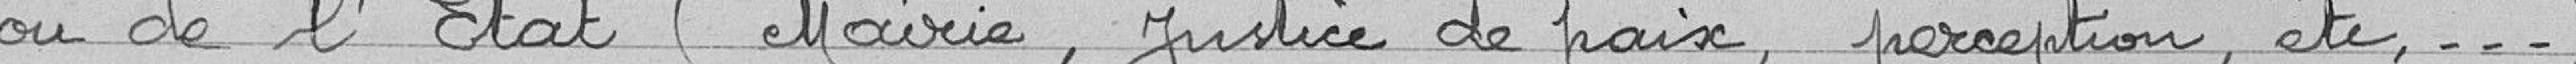
ou de l'Etat (Mairie, justice de paix, perception, etc...)